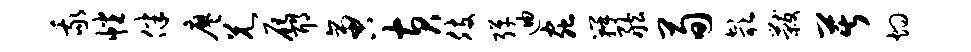
我幡伴廖兄雁耶啻黄肢弹迪虫瓣舷荀欹黻苦灼